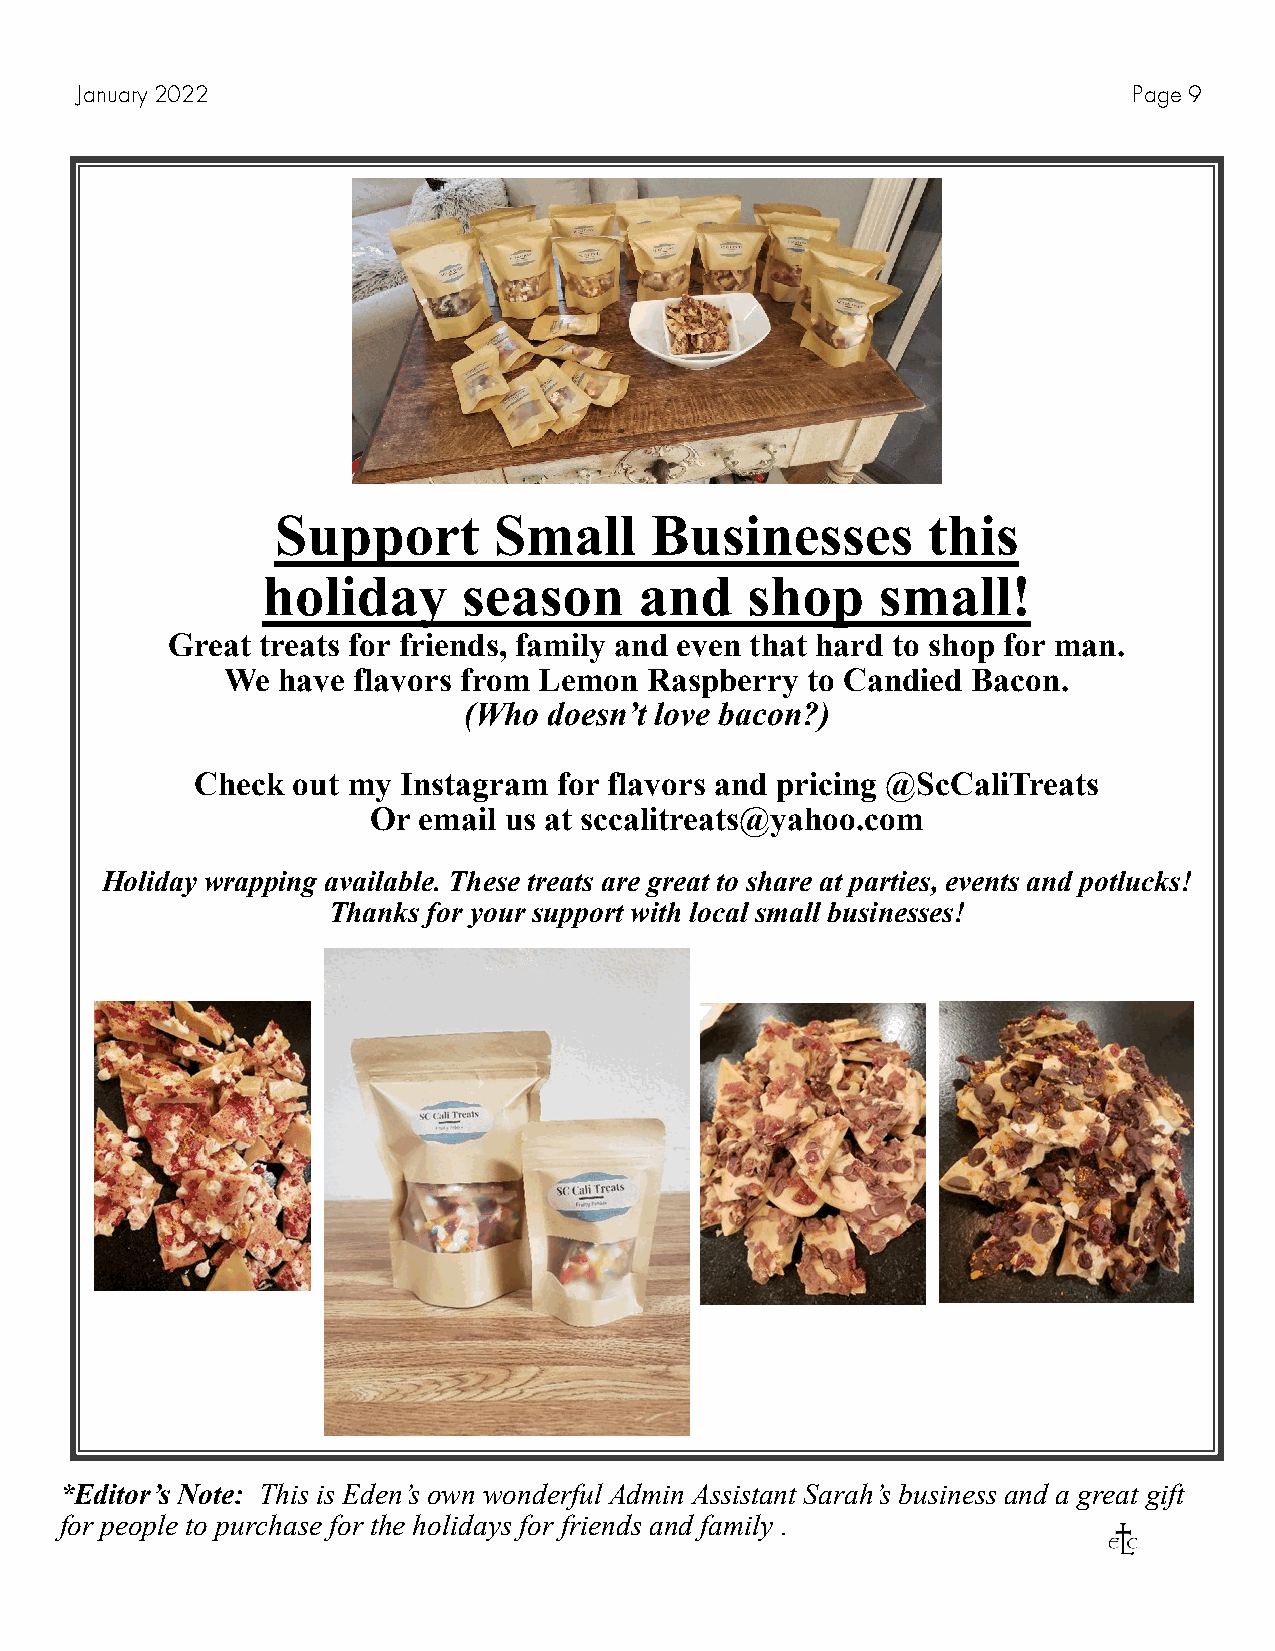
January 2022                                                          Page 9
 Support        Small     Businesses        this
 holiday       season     and    shop     small!
 Great treats for friends, family and even that hard to shop for man.
 We have flavors from Lemon  Raspberry to Candied Bacon.
 (Who doesn’t love bacon?)
 Check out my  Instagram for flavors and pricing @ScCaliTreats
 Or email us at sccalitreats@yahoo.com
 Holiday wrapping available. These treats are great to share at parties, events and potlucks!
 Thanks for your support with local small businesses!
 *Editor’s Note: This is Eden’s own wonderful Admin Assistant Sarah’s business and a great gift
 for people to purchase for the holidays for friends and family .